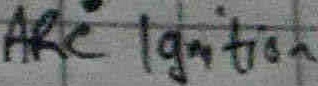
Text: ARC Ignition